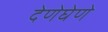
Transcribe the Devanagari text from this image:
देणेघेणे